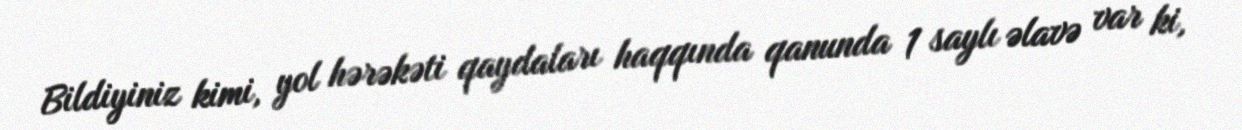
Bildiyiniz kimi, yol hərəkəti qaydaları haqqında qanunda 1 saylı əlavə var ki,